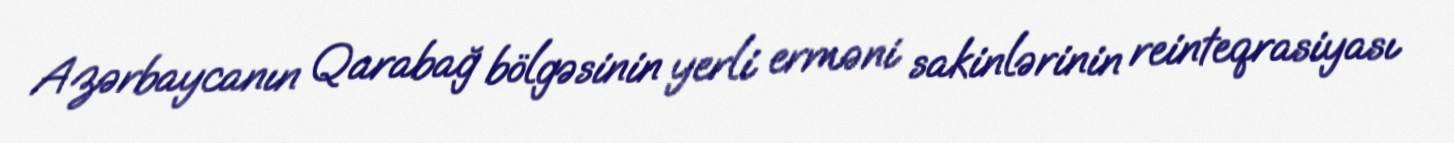
Azərbaycanın Qarabağ bölgəsinin yerli erməni sakinlərinin reinteqrasiyası